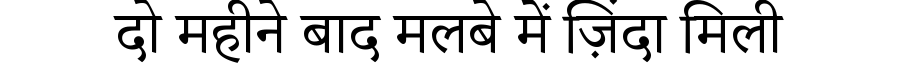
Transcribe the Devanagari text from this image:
दो महीने बाद मलबे में ज़िंदा मिली